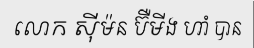
លោក ស៊ីម៉ន ប៊ឺមីង ហាំ បាន